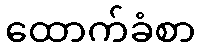
ထောက်ခံစာ